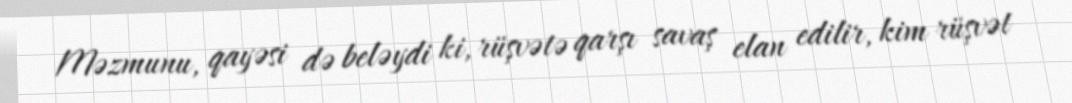
Məzmunu, qayəsi də beləydi ki, rüşvətə qarşı savaş elan edilir, kim rüşvət